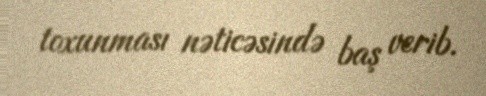
toxunması nəticəsində baş verib.